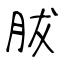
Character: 胈